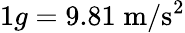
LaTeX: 1g=9.81\; \mathrm{m/s^{2}}